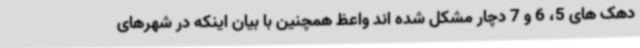
دهک های 5، 6 و 7 دچار مشکل شده اند واعظ همچنین با بیان اینکه در شهرهای